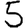
Digit: 5